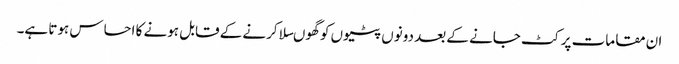
ان مقامات پر کٹ جانے کے بعد دونوں پٹیوں کو گھوںسلا کرنے کے قابل ہونے کا احساس ہوتا ہے۔